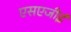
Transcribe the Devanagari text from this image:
एसएजीई